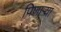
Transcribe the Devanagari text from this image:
पिणाऱ्या